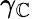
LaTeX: \gamma_{\mathbb{C}}